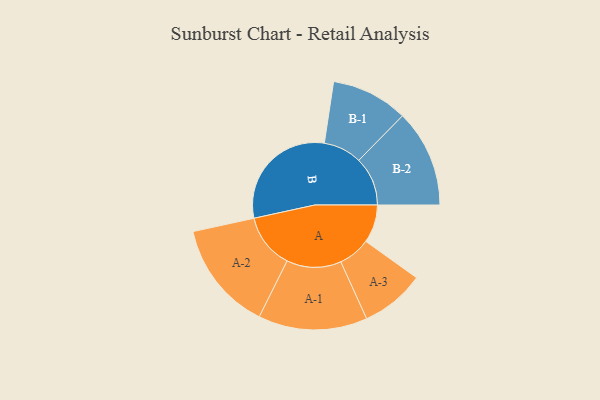
{"axis": {"x": "Segment", "y": "Value"}, "legend": ["", "A", "B"], "data": [{"x": "A", "y": 139, "type": ""}, {"x": "B", "y": 433, "type": ""}, {"x": "A-1", "y": 199, "type": "A"}, {"x": "A-2", "y": 200, "type": "A"}, {"x": "A-3", "y": 117, "type": "A"}, {"x": "B-1", "y": 140, "type": "B"}, {"x": "B-2", "y": 178, "type": "B"}]}